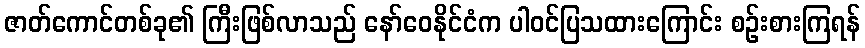
ဇာတ်ကောင်တစ်ခု၏ ကြီးဖြစ်လာသည် နော်ဝေနိုင်ငံက ပါဝင်ပြသထားကြောင်း စဉ်းစားကြရန်